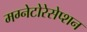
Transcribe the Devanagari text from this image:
मग्नेटोरेसेप्शन